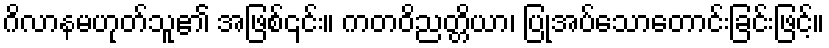
ဂိလာနမဟုတ်သူ၏ အဖြစ်၎င်း။ ကတဝိညတ္တိယာ၊ ပြုအပ်သောတောင်းခြင်းဖြင့်။